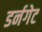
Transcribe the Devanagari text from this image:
डर्नगेट